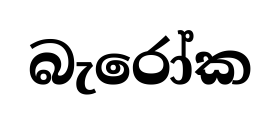
බැරෝක